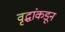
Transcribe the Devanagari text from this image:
वृद्धांकडून